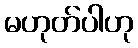
မဟုတ်ပါဟု